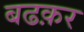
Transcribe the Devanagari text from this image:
बढक़र